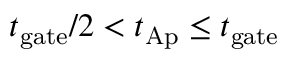
{ t _ { \mathrm { g a t e } } } / { 2 } < t _ { \mathrm { A p } } \leq t _ { \mathrm { g a t e } }